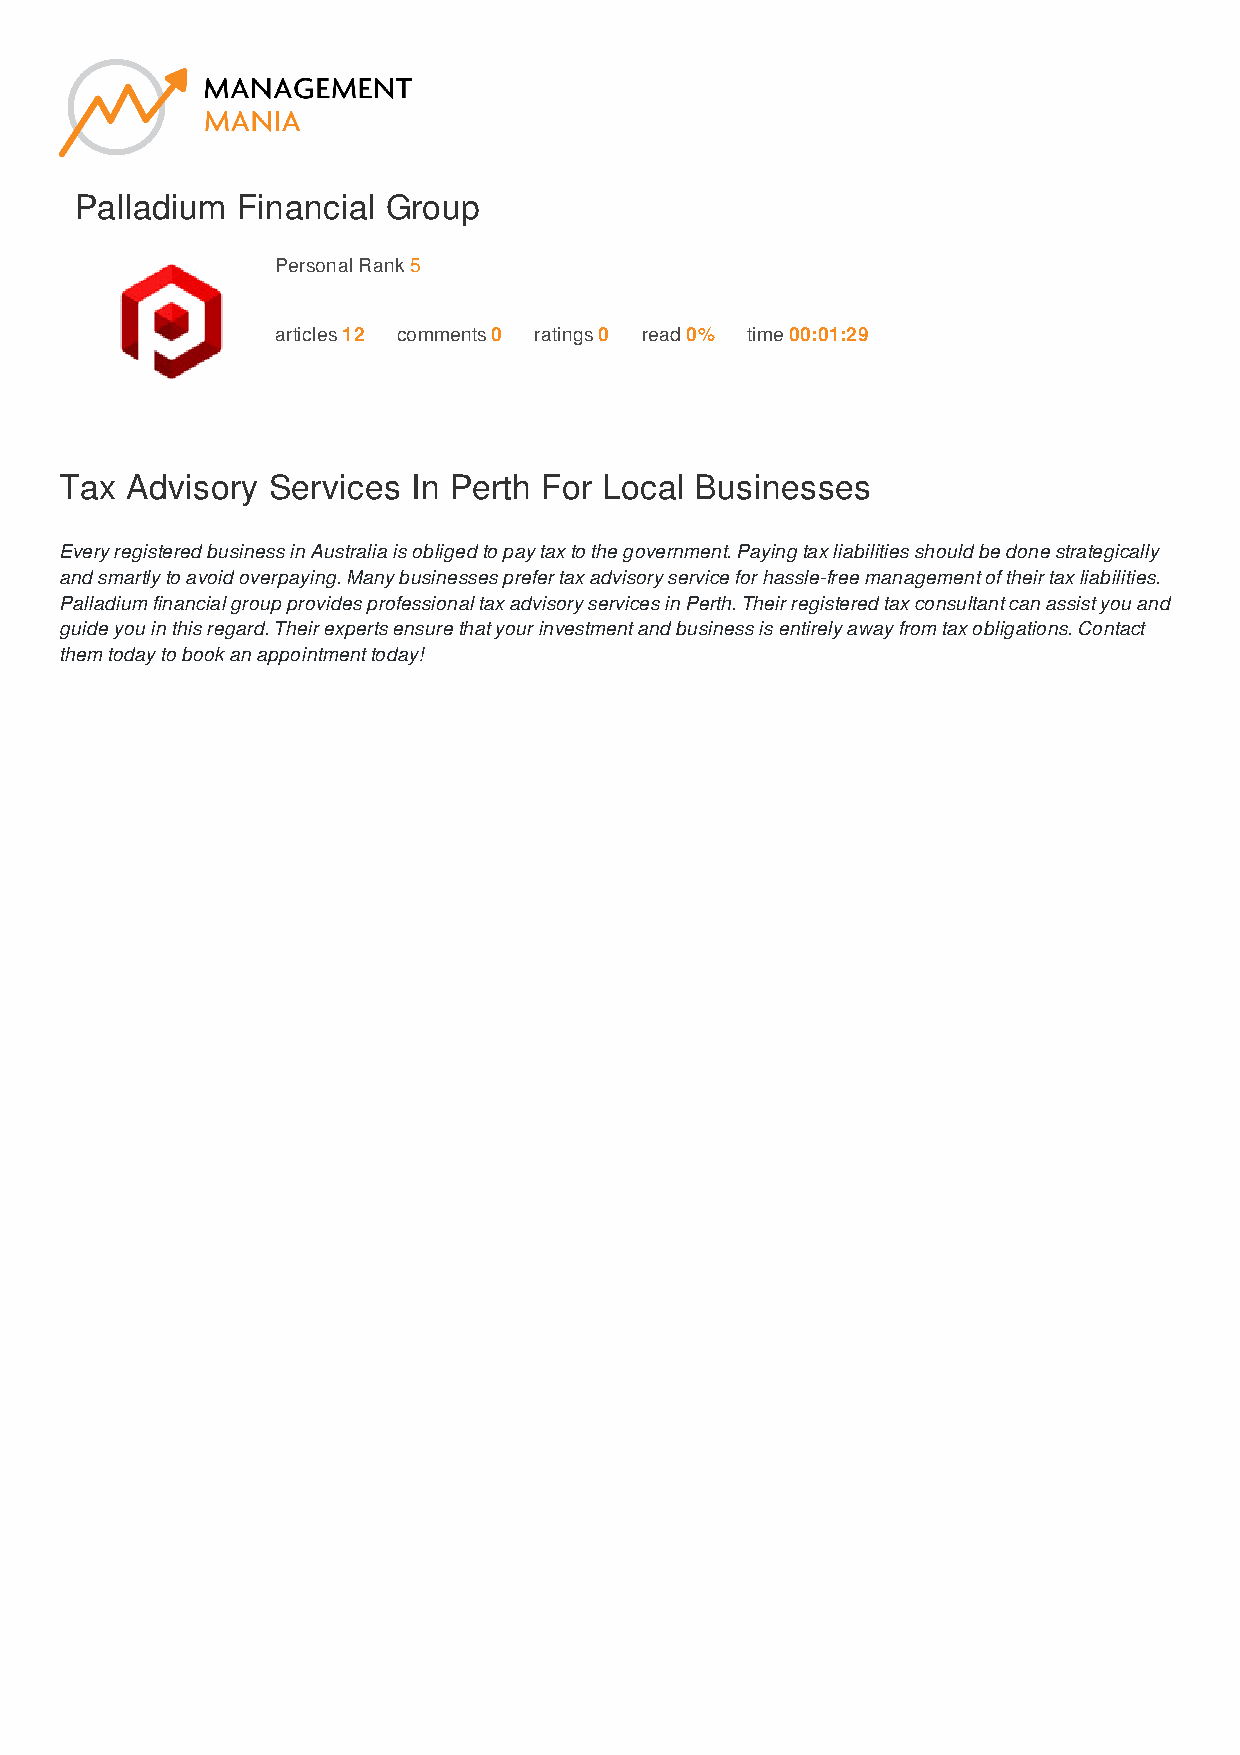
Palladium  Financial Group
 Personal Rank 5
 articles 12 comments 0 ratings 0 read 0% time 00:01:29
 Tax Advisory  Services In Perth For Local Businesses
 Every registered business in Australia is obliged to pay tax to the government. Paying tax liabilities should be done strategically
 and smartly to avoid overpaying. Many businesses prefer tax advisory service for hassle-free management of their tax liabilities.
 Palladium financial group provides professional tax advisory services in Perth. Their registered tax consultant can assist you and
 guide you in this regard. Their experts ensure that your investment and business is entirely away from tax obligations. Contact
 them today to book an appointment today!